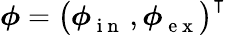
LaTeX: \boldsymbol\phi=\big(\boldsymbol\phi{}_{\mathrm{~i~n~}}^{}\, ,\boldsymbol\phi{}_{\mathrm{~e~x~}}^{}\big)^{\intercal}